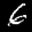
Label: 6